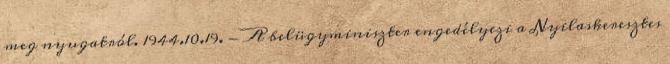
meg nyugatról. 1944.10.19. - A belügyminiszter engedélyezi a Nyilaskeresztes